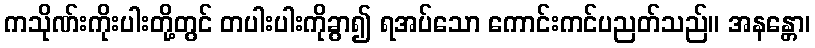
ကသိုဏ်းကိုးပါးတို့တွင် တပါးပါးကိုခွာ၍ ရအပ်သော ကောင်းကင်ပညတ်သည်။ အနန္တော၊